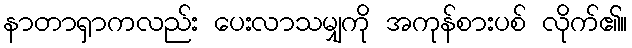
နာတာရှာကလည်း ပေးလာသမျှကို အကုန်စားပစ် လိုက်၏။